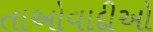
તાઓવાદીઓ